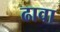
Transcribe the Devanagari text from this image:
ढावा